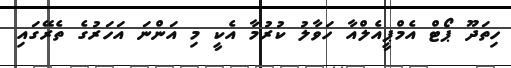
ހިތަދޫ ޕޯޓް އެމްޕީއެލްއާ ހަވާލު ކުރުމާ އެކީ މި އަންނަ އަހަރުގެ ތެރޭގައި